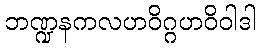
ဘဏ္ဍနကလဟဝိဂ္ဂဟဝိဝါဒါ